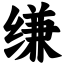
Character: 缣